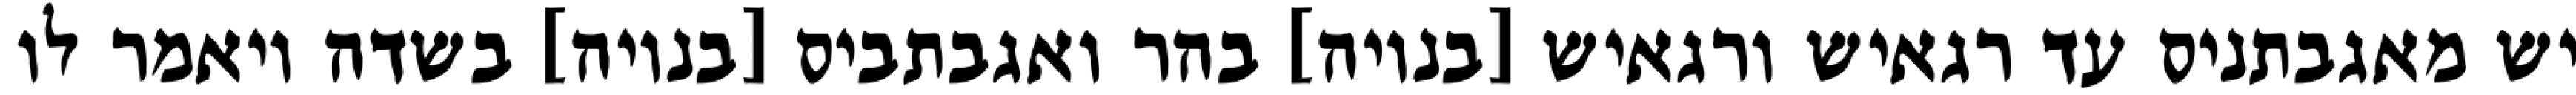
יש מאגבתניס עד רגאיש ורגאיש [בנויה] בהר ואגבתביס [בנויה] בשדה ויאמר לו